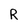
Character: R